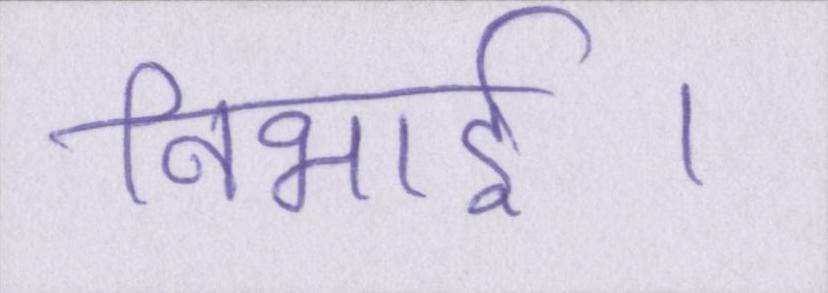
निभाई।